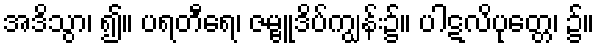
အဒိသွာ၊ ၍။ ပရတီရေ၊ ဇမ္ဗူဒိပ်ကျွန်း၌။ ပါဋလိပုတ္တေ၊ ၌။